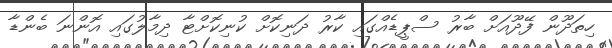
ހިތަދޫން ފޭދޫއަށް ބާރު ސްޕީޑެއްގައި ކާރު ދަނިކޮށް ކުނިކޮށްޓާ ދިމާލުގައި އޮންނަ ބެންޑާ